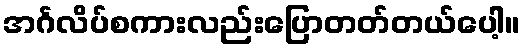
အင်္ဂလိပ်စကားလည်းပြောတတ်တယ်ပေါ့။